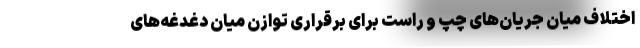
اختلاف میان جریان‌های چپ و راست برای برقراری توازن میان دغدغه‌های